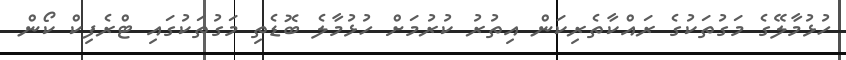
ހުޅުމާލޭގެ މަގުތަކުގެ ރައްކާތެރިކަން އިތުރު ކުރުމަށް ހުޅުމާލެ ބޮޑެތި މަގުތަކުގައި ޓްރެފިކް ކޯން